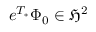
e ^ { T _ { * } } \Phi _ { 0 } \in \mathfrak { H } ^ { 2 }